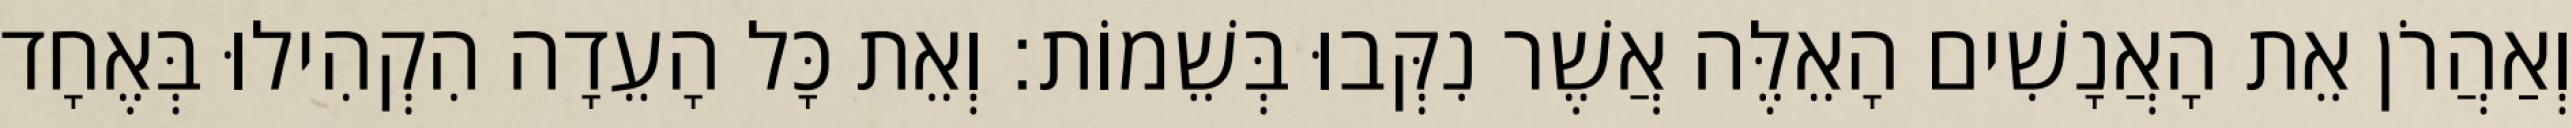
וְאַהֲרֹן אֵת הָאֲנָשִׁים הָאֵלֶּה אֲשֶׁר נִקְּבוּ בְּשֵׁמוֹת׃ וְאֵת כָּל הָעֵדָה הִקְהִילוּ בְּאֶחָד